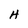
Character: H